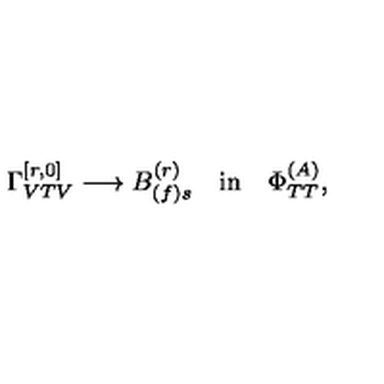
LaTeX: \Gamma _ { V T V } ^ { [ r , 0 ] } \longrightarrow B _ { ( f ) s } ^ { ( r ) } \quad \mathrm { { i n } } \quad \Phi _ { T T } ^ { ( A ) } ,